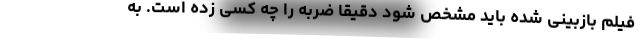
فیلم بازبینی‌ شده باید مشخص شود دقیقاً ضربه را چه کسی زده است. به